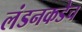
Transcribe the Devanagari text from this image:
लंडनकडेच